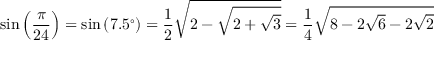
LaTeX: \sin \left( { \frac { \pi } { 2 4 } } \right) = \sin \left( 7 . 5 ^ { \circ } \right) = { \frac { 1 } { 2 } } { \sqrt { 2 - { \sqrt { 2 + { \sqrt { 3 } } } } } } = { \frac { 1 } { 4 } } { \sqrt { 8 - 2 { \sqrt { 6 } } - 2 { \sqrt { 2 } } } }